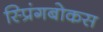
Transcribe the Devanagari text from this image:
स्प्रिंगबोकस